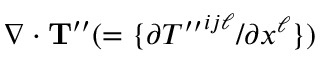
\nabla \cdot { \bf { T } } ^ { \prime \prime } ( = \{ { \partial { T ^ { \prime \prime } } ^ { i j \ell } / \partial x ^ { \ell } } \} )